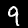
Label: 9